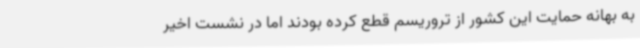
به بهانه حمایت این کشور از تروریسم قطع کرده بودند اما در نشست اخیر